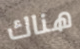
هناك